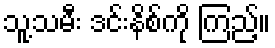
သူ့သမီး ဒင်းနိစ်ကို ကြည့်။